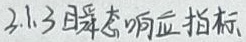
2.1.3 瞬态响应指标